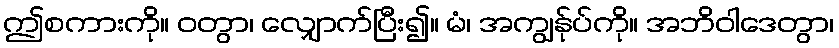
ဤစကားကို။ ဝတွာ၊ လျှောက်ပြီး၍။ မံ၊ အကျွန်ုပ်ကို။ အဘိဝါဒေတွာ၊